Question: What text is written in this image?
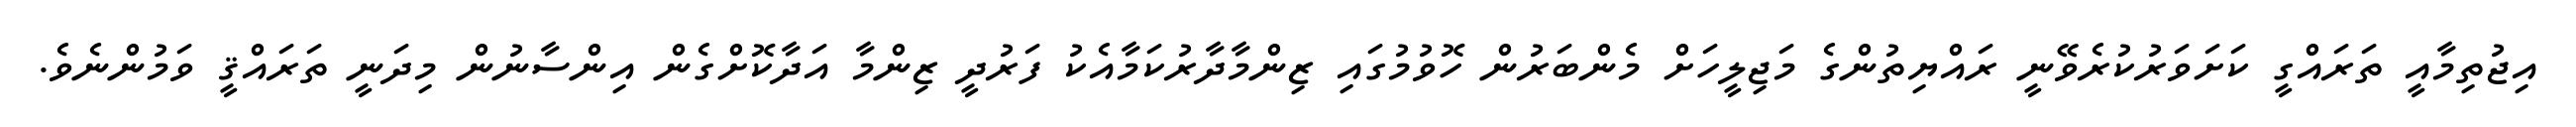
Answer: އިޖުތިމާއީ ތަރައްގީ ކަށަވަރުކުރެވޭނީ ރައްޔިތުންގެ މަޖިލީހަށް މެންބަރުން ހޮވުމުގައި ޒިންމާދާރުކަމާއެކު ފަރުދީ ޒިންމާ އަދާކޮށްގެން އިންސާނުން މިދަނީ ތަރައްޤީ ވަމުންނެވެ.